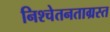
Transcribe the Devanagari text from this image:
निश्चेतनताग्रस्त